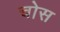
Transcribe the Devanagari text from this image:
चोस